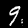
Digit: 9